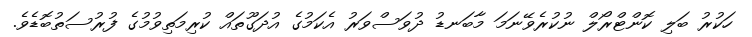
ހަކުރު ބަލި ކޮންޓްރޯލް ނުކުރެވޭނަމަ މާބަނޑު ދުވަސްވަރު އެކަމުގެ އުދަގޫތައް ކުރިމަތިވުމުގެ ފުރުސަތުބޮޑެވެ.